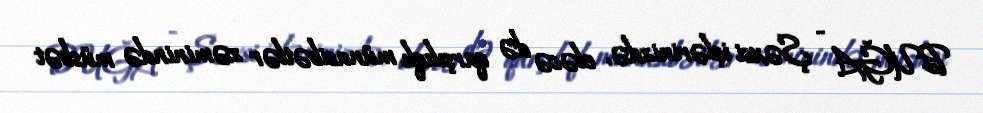
BUĞA - Şəxsi işlərinizdə, eləcə də qarşılıqlı münasibətlər zəminində müsbət